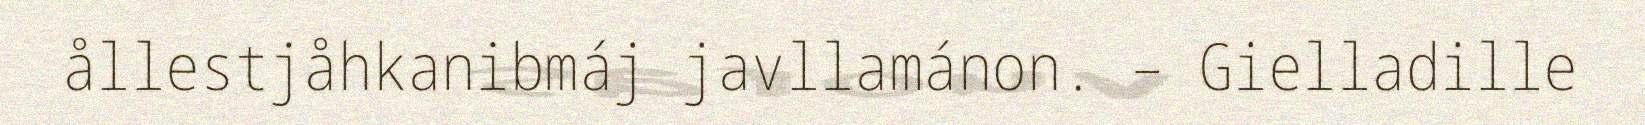
ållestjåhkanibmáj javllamánon. – Gielladille